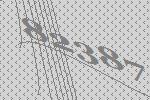
82387